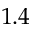
1 . 4